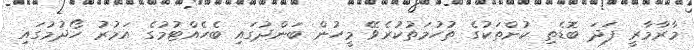
މާރާމާރީ ފަދަ ބޮޑެތި ކުށްތަކުގެ ތުހުމަތުކުރެވޭ މީހުން ބަންދުގައި ބެހެއްޓުމުގެ އަމުރު ހޯދުމުގައި